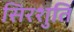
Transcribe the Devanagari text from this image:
सिरशुति